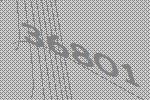
36801